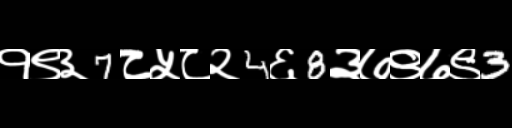
Text: १९३7८५८२4६8३७९७९3